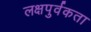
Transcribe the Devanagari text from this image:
लक्षपुर्वकता